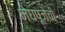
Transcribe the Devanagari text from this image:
मेघपूजेची